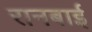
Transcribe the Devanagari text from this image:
रानबाई